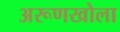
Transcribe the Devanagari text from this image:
अरूणखोला